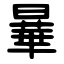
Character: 曅